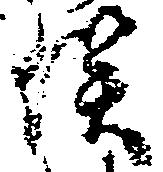
俣